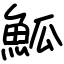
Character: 䱄